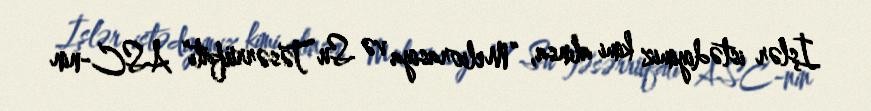
İşlər istədiyimiz kimi alınsa, “Meliorasiya və Su Təsərrüfatı” ASC-nin